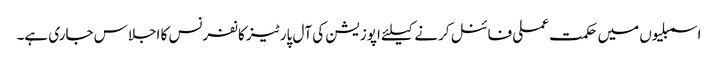
اسمبلیوں میں حکمت عملی فائنل کرنے کیلئے اپوزیشن کی آل پارٹیز کانفرنس کا اجلاس جاری ہے۔